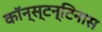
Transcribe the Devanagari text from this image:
कॉन्स्टन्टिनास